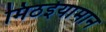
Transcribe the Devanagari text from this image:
मिठईयामान